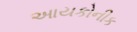
આયકોનીક